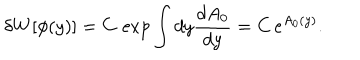
LaTeX: \delta W [ \phi ( y ) ] = C \, \exp \int d y \frac { d A _ { 0 } } { d y } = C \, e ^ { A _ { 0 } ( y ) } .